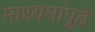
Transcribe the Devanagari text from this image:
माध्यमांपुढे